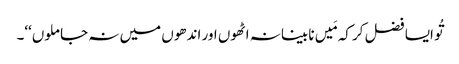
تُو ایسا فضل کر کہ مَیں نابینا نہ اٹھوں اور اندھوں میں نہ جا ملوں‘‘۔